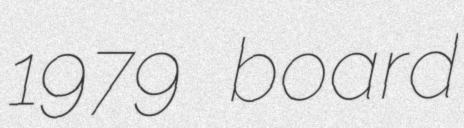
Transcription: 1979 board